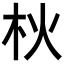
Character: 𣏹